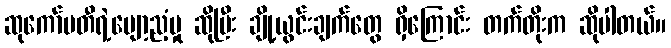
ဆုကော်မတီရဲ့ပျော့ညံ့မှု ဆိုပြီး ချို့ယွင်းချက်တွေ ရှိကြောင်း တက်တိုးက ဆိုပါတယ်။